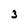
Character: 3